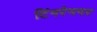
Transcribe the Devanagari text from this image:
टिंगरेनगर